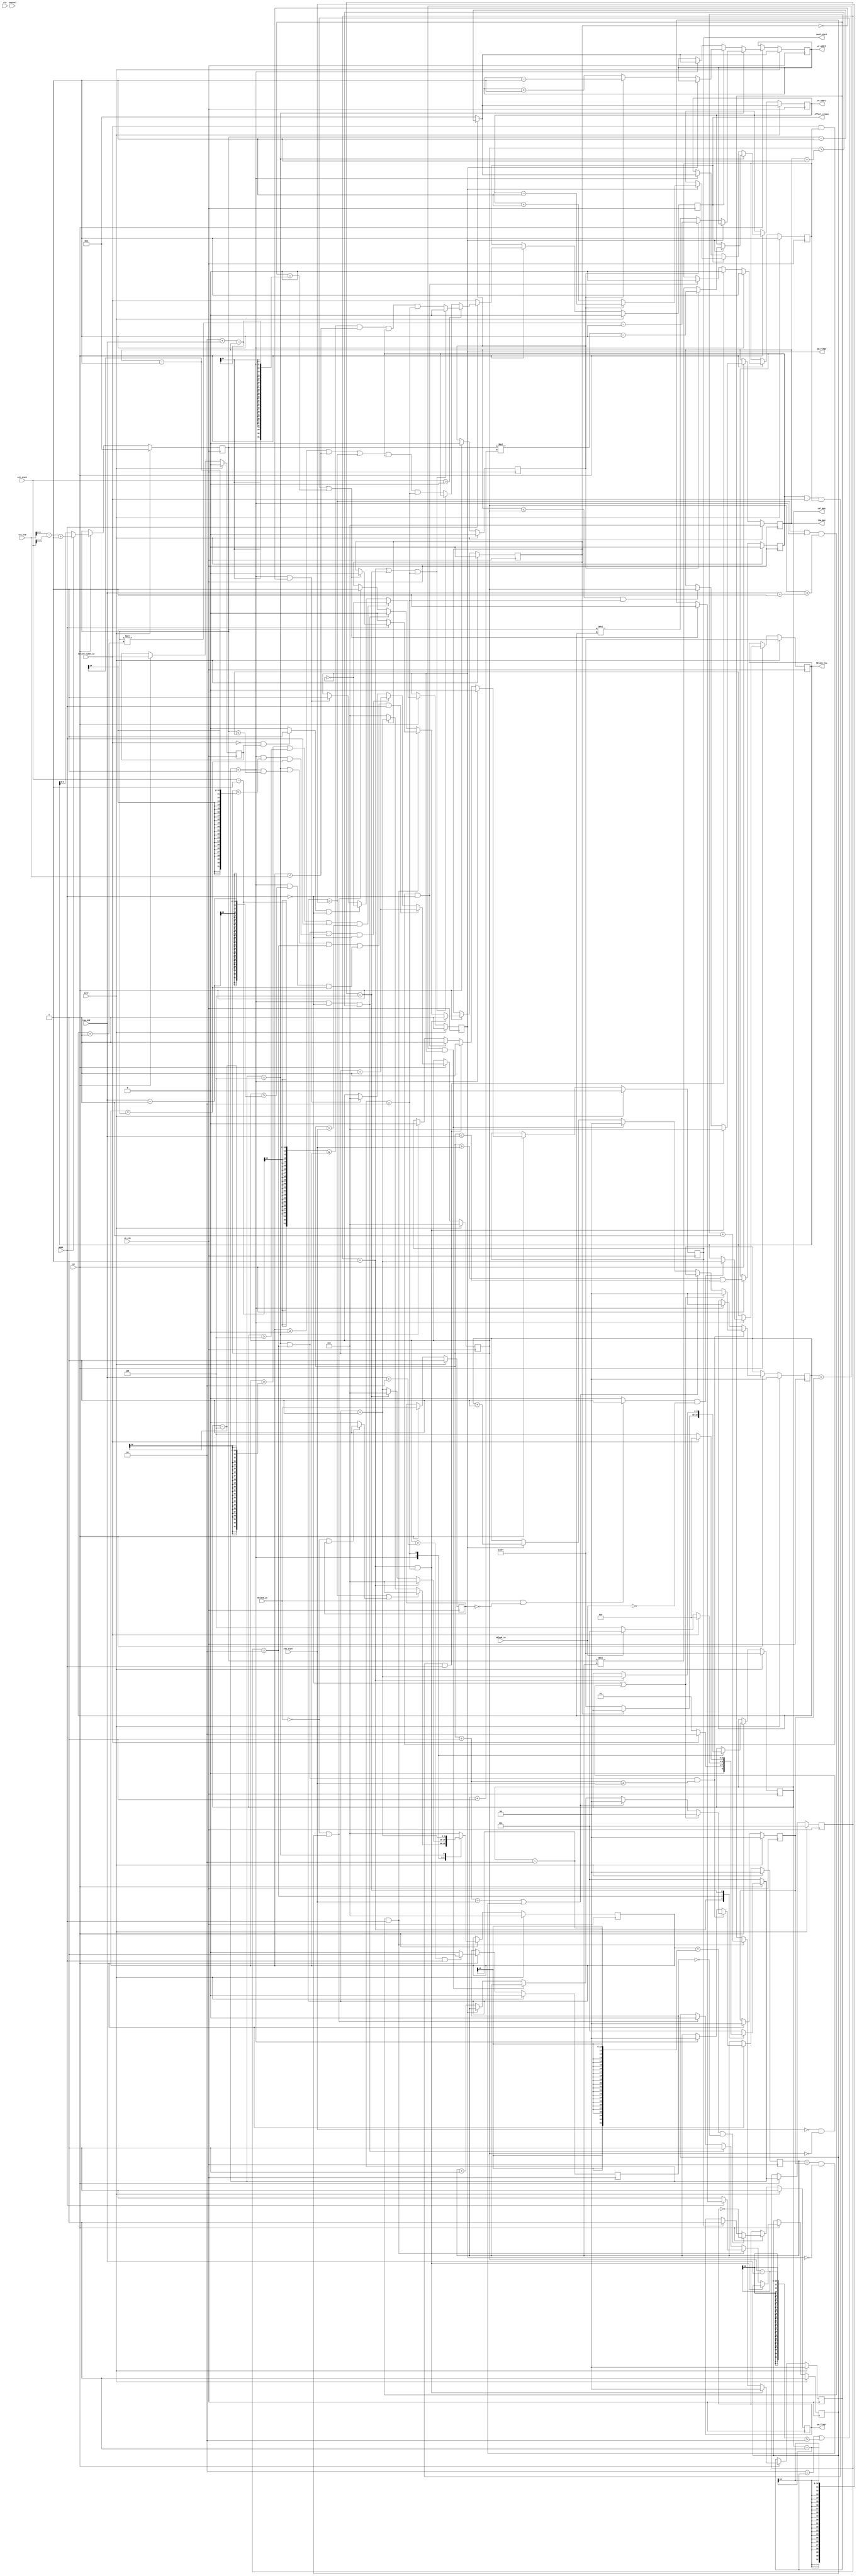
//=================================================================================================
//  Company       : LVIT Ltd.
//  Description   : 
//=================================================================================================

`timescale 1ns/1ps

// `define  DEBUG_MODE

module receive (
    channel,    //
    sclr,
    ce,
    mode,
    ch_clk,
    clk,

    hblank_in,
    vblank_in,
    active_video_in,

    row_start,
    row_end,
    col_start,
    col_end,
    //to data save
    wr_addr1,
    wr_addr2,
    pp_flagw,
    pp_flagr,
    effect_reigon,
    //to send
    send_start,//receive --> sendsend.v
    col_max,   //receive --> send,send
    row_max,

`ifdef DEBUG_MODE
    col_cnt,
    row_cnt,
`endif
    hblank_low ///receive --> send,send
);


parameter CHANNEL_IN_NUM   = 4;     //2^6 == 63
parameter CHANNEL_OUT_NUM  = 1;     //
parameter VIDEO_DATA_WIDTH = 18;    //
parameter RAM_DEPTH        = 100;   //ram
parameter TIMING_CNT_WIDTH = 10;    //
parameter OVERLAP_WIDTH    = 2;     //
parameter TOP_BOTTOM_SEL   = 1'd1;  //
parameter HEAD_DIRECTION   = 1'd0;  //0,1,2
parameter FRAME_RAM_EN     = 1'd0;  //
//
localparam TIMES           = CHANNEL_IN_NUM/CHANNEL_OUT_NUM;
//RAMRAM
localparam ADDR_WIDTH      = clogb2(RAM_DEPTH - 1);//addra,addrb width
localparam OVERLAP_W       = clogb2(OVERLAP_WIDTH + 1);

`ifdef  DEBUG_MODE

output [TIMING_CNT_WIDTH-1'b1:0]    col_cnt;        //send <-- receive
output [TIMING_CNT_WIDTH-1'b1:0]    row_cnt;        //send <-- receive

wire                                hbi_high;
wire                                hblank_err;
`endif

input [5:0]                         channel;
input                               sclr;
input                               ce;
input                               mode;
input                               ch_clk;
input                               clk;            //faster than ch_clk

input                               hblank_in;
input                               vblank_in;
input                               active_video_in;

//
input [TIMING_CNT_WIDTH-1'b1:0]     row_start;
input [TIMING_CNT_WIDTH-1'b1:0]     row_end;
input [TIMING_CNT_WIDTH-1'b1:0]     col_start;
input [TIMING_CNT_WIDTH-1'b1:0]     col_end;
//
output                              send_start;     //send <-- receive
//hblank_inhblank_out
output [TIMING_CNT_WIDTH-1'b1:0]    col_max;        //send <-- receive
output [TIMING_CNT_WIDTH-1'b1:0]    row_max;        //send <-- receive
output [TIMING_CNT_WIDTH-1'b1:0]    hblank_low;     //send <-- receive
output [ADDR_WIDTH-1'b1:0]          wr_addr1;       //ram0
output [ADDR_WIDTH-1'b1:0]          wr_addr2;       //ram1
output                              pp_flagw;       //
output                              pp_flagr;       //
output                              effect_reigon;  //
//other reg
reg    [TIMING_CNT_WIDTH-1'b1:0]    row_cnt;        //
reg    [TIMING_CNT_WIDTH-1'b1:0]    col_cnt;        //
reg    [TIMING_CNT_WIDTH-1'b1:0]    col_max;        //hblank_in
reg    [TIMING_CNT_WIDTH-1'b1:0]    row_max;        //hblank_in
reg    [TIMING_CNT_WIDTH-1'b1:0]    hblank_low;     //active_video_in

reg    [ADDR_WIDTH-1'b1:0]          wr_addr1;       //ram0
reg    [ADDR_WIDTH-1'b1:0]          wr_addr2;       //ram1
reg    [OVERLAP_W-1:0]              row_save_cnt1;  //
reg    [OVERLAP_W-1:0]              row_save_cnt2;  //
reg                                 send_start;     //send
reg                                 send_once;      //send_start
reg                                 col_cnt_en;     //col_cnt0 
reg    [OVERLAP_W-1:0]              overlap_cnt;    //pp_flag
reg                                 active_sync;    //
reg                                 hblank_sync;
//wire -> reg
reg   [ADDR_WIDTH-1'b1:0]           effect_width;   //
reg                                 effect_reigon;  //

wire                                active_neg;
wire                                hblank_neg;
wire                                hblank_pos;
reg    [OVERLAP_W-1:0]              row_save;       //
reg                                 effect_row;     //
//state reg
reg    [2:0]                        cur_state;
reg    [2:0]                        next_state;


reg                                 pp_flagw;       //0:ram0, 1:ram1
reg                                 pp_flagr;       //0:ram0, 1:ram1
reg                                 reverse_en;     //,
reg                                 wait_;          //pp_flag,
reg                                 once;
//state machine state data
localparam   IDLE          = 3'b001;                //
localparam   REC           = 3'b010;                //
localparam   NXT           = 3'b100;                //


always @(posedge ch_clk) begin
    if(sclr) begin
        active_sync <= 0;
    end else if(ce) begin
        active_sync <= active_video_in;
    end
end

assign active_neg = (!active_video_in && active_sync) ? 1'b1:1'b0;

always @(posedge ch_clk) begin
    if(sclr) begin
        hblank_sync <= 1;
    end else if(ce) begin
        hblank_sync <= hblank_in;
    end
end

assign hblank_neg = (!hblank_in && hblank_sync) ? 1'b1:1'b0;
assign hblank_pos = (hblank_in && !hblank_sync) ? 1'b1:1'b0;

//
always@(posedge ch_clk)
begin
    if(sclr)
        cur_state <= IDLE;
    else if(ce)
        cur_state <= next_state;
end

/*
* 
* IDLE: 
* REC: 
* NXT: 
*/
//
always@(*)
begin
    if(ce) begin
        case(cur_state)
            IDLE: begin
                //
                if(active_video_in) begin
                    next_state = REC;
                end else begin
                    next_state = IDLE;
                end
            end
            REC: begin
                //
                if(!active_video_in) begin
                    //vblank_in
                    if(vblank_in)
                        next_state = IDLE;
                    else
                        next_state = NXT;
                end else begin
                    next_state = REC;
                end
            end
            NXT: begin
                //active_video_in
                if(active_video_in) begin
                    next_state = REC;
                end else begin
                    next_state = NXT;
                end
            end
            default: begin
                next_state = IDLE;
            end
        endcase
    end else begin
        next_state = IDLE;
    end
end


always@(posedge ch_clk)
begin
    if(sclr)begin
        col_cnt_en  <= 1'b0;
        overlap_cnt <= 0;
        once        <= 1'b1;
    end else if(ce) begin
        //
        if(cur_state == IDLE && next_state == REC) begin
            col_cnt_en  <= 1'b1;
            overlap_cnt <= 0;
        //RAMpp_flagrrow_cnt
        end else if(col_cnt == col_max -1 && next_state == IDLE && row_cnt > row_end + 1 && mode) begin
            overlap_cnt  <= overlap_cnt + 1'b1;
            //
            if(TOP_BOTTOM_SEL && !FRAME_RAM_EN && mode) begin
                if((OVERLAP_WIDTH == overlap_cnt) ||                          //
                  (row_cnt - row_end > OVERLAP_WIDTH) ||                      //
                  (overlap_cnt == OVERLAP_WIDTH + row_end - row_max)) begin   //
                    col_cnt_en <= 0;                                          //
                    once       <= 1'b1;
                end
            end else begin
            //
                col_cnt_en <= 0;
                once       <= 1'b1;
            end
        //,,row_cnt > row_max + 1pp_flagr
        end else if(next_state == IDLE && !mode && row_cnt > row_max + 1) begin
            col_cnt_en <= 0;                                                 //
            once       <= 1'b1;
        //
        end else if(!hblank_in && once) begin
            col_cnt_en <= 1'b1;
            once       <= 0;
        end
    end
end


//
always@(posedge ch_clk)
begin
    if(sclr)begin
        col_cnt    <= 0;
        col_max    <= {TIMING_CNT_WIDTH{1'b1}};         //,send
        hblank_low <= {TIMING_CNT_WIDTH{1'b1}};         //,send
    end
    else if(ce) begin
        case(next_state)
            IDLE: begin
                // col_maxhblank_low,pp_flagr
                if(hblank_pos  && !vblank_in) begin     //!vbihbipos
                    hblank_low <= col_cnt + 1;          //
                end
                //col_cnt_en==0
                if(!col_cnt_en) begin
                    col_max <= {TIMING_CNT_WIDTH{1'b1}};//sendgate
                end
                //pp_flagr
                if(col_cnt == (col_max -1) || hblank_neg) begin
                    col_cnt <= 0;
                end else if(col_cnt_en) begin
                    col_cnt <= col_cnt + 1;
                end else begin
                    col_cnt <= 0;
                end
            end
            REC:begin
                //IDLE > REC
                if(cur_state == IDLE) begin
                    col_cnt <= 0;
                    col_max <= col_cnt + 1;         //col_cnt0(col_start0)
                //IDLE > REC
                end else if(cur_state == NXT) begin
                    col_cnt <= 1'b0;
                end else begin
                    col_cnt <= col_cnt + 1'b1;
                end
            end
            NXT:begin
                //
                col_cnt <= col_cnt + 1'b1;
            end
            default:begin
                col_cnt <= 0;
            end
        endcase
     end
end

//
always@(posedge ch_clk)
begin
    if(sclr)begin
        row_cnt <= 0;
    end
    else if(ce) begin
        //,effect_width < hblank_low
        if((((next_state == NXT || (next_state == IDLE && effect_width < hblank_low)) && cur_state == REC) ||
           (next_state == IDLE && row_cnt > row_end -1 && col_cnt == effect_width)) && mode) begin  //wait
            row_cnt <= row_cnt + 1'b1;
        //row_max
        end else if(((next_state == NXT && cur_state == REC) ||
           (next_state == IDLE && row_cnt > row_max -1 && col_cnt == effect_width)) && !mode) begin //wait
            row_cnt <= row_cnt + 1'b1;
        //overlap_cnt
        end else if(next_state == IDLE && !col_cnt_en) begin
            row_cnt <= 0;
        end
    end
end

//hblank_low
always@(posedge ch_clk)
begin
    if(sclr)begin
        row_max <= 0;
    end else if(ce) begin
        //
        if(next_state == REC && cur_state == IDLE) begin
            row_max <=0;
        //next_state == REC,pp_flagr
        end else if(row_max < row_cnt && next_state == REC) begin//
            row_max <= row_cnt;
        end
     end
end

//send_startsend
always@(posedge ch_clk)
begin
    if(sclr)begin
        send_start <= 0;
        send_once  <= 1'b1;
    end else if(ce) begin
        //row_cnt == 0 0
        if(next_state == IDLE) begin
            send_once  <= 1'b1;
            send_start <= 0;
        //active_video_inrow_start == 0 send_oncesend_start
        end else if(effect_row && active_video_in && send_once && mode) begin
            send_start <= 1'b1;
            send_once  <= 1'b0;
        end else if(active_video_in && send_once && !mode) begin
            send_start <= 1'b1;
            send_once  <= 1'b0;
        end else if(next_state == NXT) begin
        //sendcol_cnt
            send_start <= 0;
        end
    end
end


//
always @(posedge ch_clk) begin
    if(sclr) begin
        pp_flagw <= 1'b1;
    end else if(ce) begin
        //ch clk
        if(col_cnt == col_max-4 && col_max > 4 && mode && row_cnt > row_start) begin
            pp_flagw <= ~pp_flagw;
        end else if(active_neg && !mode) begin
            pp_flagw <= ~pp_flagw;
        end else if(next_state == IDLE && !col_cnt_en) begin//
            pp_flagw <= 1'b1;
        end
    end
end

//
//hbblank_out_negclk
//hblank_out,addr,doutdata_save.v
always @(posedge ch_clk) begin
    if(sclr) begin
        pp_flagr <= 1'b1;
        wait_ <= 0;
    end else if(ce) begin
        //
        if((row_cnt == row_end + 2) && mode) begin
            wait_ <= 1'b1;
        end else begin
            wait_ <= 0;
        end
        //3clk
        if(col_cnt == col_max - 2 && !wait_) begin
            pp_flagr <= ~pp_flagr;
        //
        end else if(send_start) begin
            pp_flagr <= 1'b1;
        end
    end
end



//
always @(posedge ch_clk) begin
    if(sclr) begin
        //1
        row_save_cnt1 <= (TOP_BOTTOM_SEL && !FRAME_RAM_EN && mode) ? ((OVERLAP_WIDTH-1)/2): 0;
        row_save_cnt2 <= (TOP_BOTTOM_SEL && !FRAME_RAM_EN && mode) ? ((OVERLAP_WIDTH-1)/2): 0;
    end else if(ce) begin
        // pp_flagw
        if(cur_state == REC && next_state == NXT && (row_cnt + 1) >= row_start) begin
            //,,
            if((!(TOP_BOTTOM_SEL && !FRAME_RAM_EN && mode)) || (row_start == 0 && row_cnt == 0)) begin
                row_save_cnt1 <= 0;
                row_save_cnt2 <= 0;
            //
            end else if((row_cnt + 1 == row_start) || (row_save_cnt1 == row_save && !pp_flagw)) begin
                row_save_cnt1 <= 0;
            //
            end else if(row_save_cnt2 == row_save && pp_flagw) begin
                row_save_cnt2 <= 0;
            end else begin
                //
                if(!pp_flagw) begin
                    row_save_cnt1 <= row_save_cnt1 +  1;
                end else begin
                    row_save_cnt2 <= row_save_cnt2 +  1;
                end
            end
        end else if(next_state == IDLE) begin
            row_save_cnt1 <= (TOP_BOTTOM_SEL && !FRAME_RAM_EN && mode) ? ((OVERLAP_WIDTH-1)/2): 0;
            row_save_cnt2 <= (TOP_BOTTOM_SEL && !FRAME_RAM_EN && mode) ? ((OVERLAP_WIDTH-1)/2): 0;
        end
    end
end

//
always @(posedge ch_clk) begin
    if(sclr) begin
        reverse_en <= 0;
    end else if(ce) begin
        if(HEAD_DIRECTION==0) begin
            reverse_en <= 0;
        end else if(HEAD_DIRECTION==1) begin
            reverse_en <= 1;
        end else if(HEAD_DIRECTION == 2) begin
            //
            if(!TOP_BOTTOM_SEL) begin
                if(CHANNEL_IN_NUM == 1) begin//0 !< 0
                    reverse_en <= 0;
                end else if((channel < CHANNEL_IN_NUM/2)) begin
                    reverse_en <= 0;
                end else begin
                    reverse_en <= 1;
                end
            //
            end else begin
                //
                if(CHANNEL_IN_NUM <= 2) begin
                    reverse_en <= 0;
                end else if((channel < CHANNEL_IN_NUM/4) ||(channel >= (CHANNEL_IN_NUM - CHANNEL_IN_NUM/4))) begin
                    reverse_en <= 0;
                //
                end else if((channel >= CHANNEL_IN_NUM/4) || (channel < (CHANNEL_IN_NUM - CHANNEL_IN_NUM/4))) begin
                    reverse_en <= 1;
                end
            end
        end
    end
end


//
always @(posedge ch_clk) begin
    if(sclr) begin
        wr_addr1 <= reverse_en ? effect_width-1:0;
        wr_addr2 <= reverse_en ? effect_width-1:0;
    //
    end else if(ce) begin
        // 
        if(next_state == NXT) begin
            if(pp_flagw) begin
                wr_addr1 <= reverse_en ? (effect_width*(row_save_cnt1 + 1'b1) - 1'b1):(effect_width*row_save_cnt1);
            end else begin
                wr_addr2 <=  reverse_en ? (effect_width*(row_save_cnt2 + 1'b1) - 1'b1):(effect_width*row_save_cnt2);
            end
        //
        end else if(effect_reigon) begin
            if(pp_flagw) begin
                wr_addr1 <= reverse_en ? (wr_addr1 - 1'b1):(wr_addr1 + 1'b1);
            end else begin
                wr_addr2 <= reverse_en ? (wr_addr2 - 1'b1):(wr_addr2 + 1'b1);
            end
        //
        end else if(next_state == IDLE) begin
            wr_addr1 <= reverse_en ? effect_width-1:0;
            wr_addr2 <= reverse_en ? effect_width-1:0;
        end
    end
end

always @(posedge ch_clk) begin
    if(sclr) begin
        effect_width  <= 0; //
        effect_row    <= 0; //
        row_save      <= 0; //RAM
    end else if(ce) begin
        effect_width  <= mode ? (col_end - col_start + 1'b1):hblank_low;
        effect_row    <= (row_cnt >= row_start) && (row_cnt <= row_end);
        row_save      <= (TOP_BOTTOM_SEL && !FRAME_RAM_EN && mode) ? ((OVERLAP_WIDTH-1)/2):1'b0;
    end
end

//
always @(posedge ch_clk) begin
    if(sclr) begin
        effect_reigon <= 0;
    end else if(ce) begin
        //col_start,col_end,row_start,row_end
        if(mode) begin
            //col_start > 0,&& col_cnt < col_end
            if(col_start > 0) begin
                //col_cnt==col_max - 1,
                if((cur_state == IDLE || cur_state == NXT) && next_state ==REC) begin
                    // $display("test effect_reigon = %d %t",effect_reigon,$time());
                    effect_reigon <= 0;
                end else begin
                    effect_reigon <= (col_start - 1 <= col_cnt && col_cnt < col_end &&  effect_row && next_state == REC);
                end
            end else begin
                //col_start = 0col_cnt = col_max -1,col
                if((cur_state == IDLE || cur_state == NXT) && next_state ==REC) begin//=0
                    effect_reigon <= effect_row;
                //col_start = 0, 
                end else begin
                    effect_reigon <= (((col_cnt >= 0 && col_cnt < col_end) ||
                                    (col_cnt == col_max-1)) && effect_row && (next_state == REC));
                end
            end
        //
        end else begin
            effect_reigon <= active_video_in;
        end
    end
end

//  The following function calculates the address width based on specified RAM depth
function integer clogb2;
    input integer depth;
    for (clogb2=0; depth>0; clogb2=clogb2+1)
        depth = depth >> 1;
endfunction


`ifdef  DEBUG_MODE
//hblank_in
assign hbi_high = (hblank_low-1) <= col_cnt && col_cnt <= (col_max - 2) && row_cnt > 0 ? 1'b1 : 1'b0;
assign hblank_err = hbi_high ? (hblank_in  ? 1'b0:1'b1) : 1'b0;
`endif

endmodule